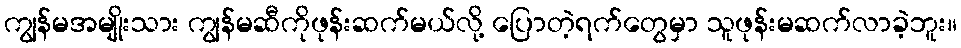
ကျွန်မအမျိုးသား ကျွန်မဆီကိုဖုန်းဆက်မယ်လို့ ပြောတဲ့ရက်တွေမှာ သူဖုန်းမဆက်လာခဲ့ဘူး။